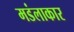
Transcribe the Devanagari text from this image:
मडंलाकार